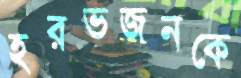
হরভজনকে